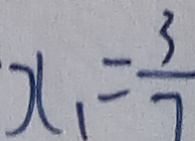
x _ { 1 } = \frac { 3 } { 7 }